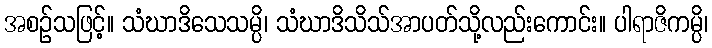
အစဉ်သဖြင့်။ သံဃာဒိသေသမ္ပိ၊ သံဃာဒိသိသ်အာပတ်သို့လည်းကောင်း။ ပါရာဇိကမ္ပိ၊